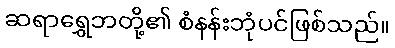
ဆရာရွှေဘတို့၏ စံနန်းဘုံပင်ဖြစ်သည်။